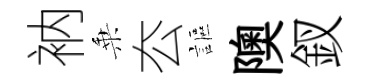
衲乗厺謳隩釵